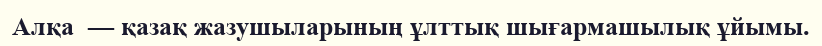
Алқа  — қазақ жазушыларының ұлттық шығармашылық ұйымы.